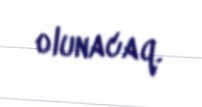
olunacaq.